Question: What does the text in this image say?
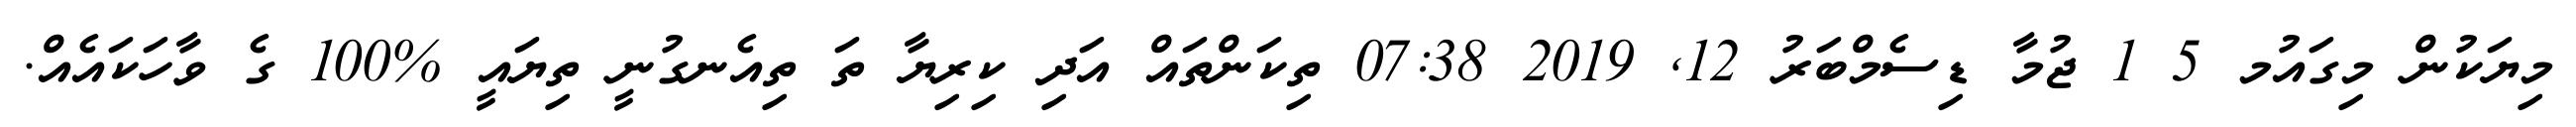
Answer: މިޔަކުން މިގައުމ 5 1 ޖުމާ ޑިސެމްބަރު 12, 2019 07:38 ތިކަންތައް އަދި ކިރިޔާ ތަ ތިއެނގުނީ ތިޔައީ %100 ގެ ވާހަކައެއް.